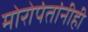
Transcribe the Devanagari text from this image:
मोरोपंतांनीही